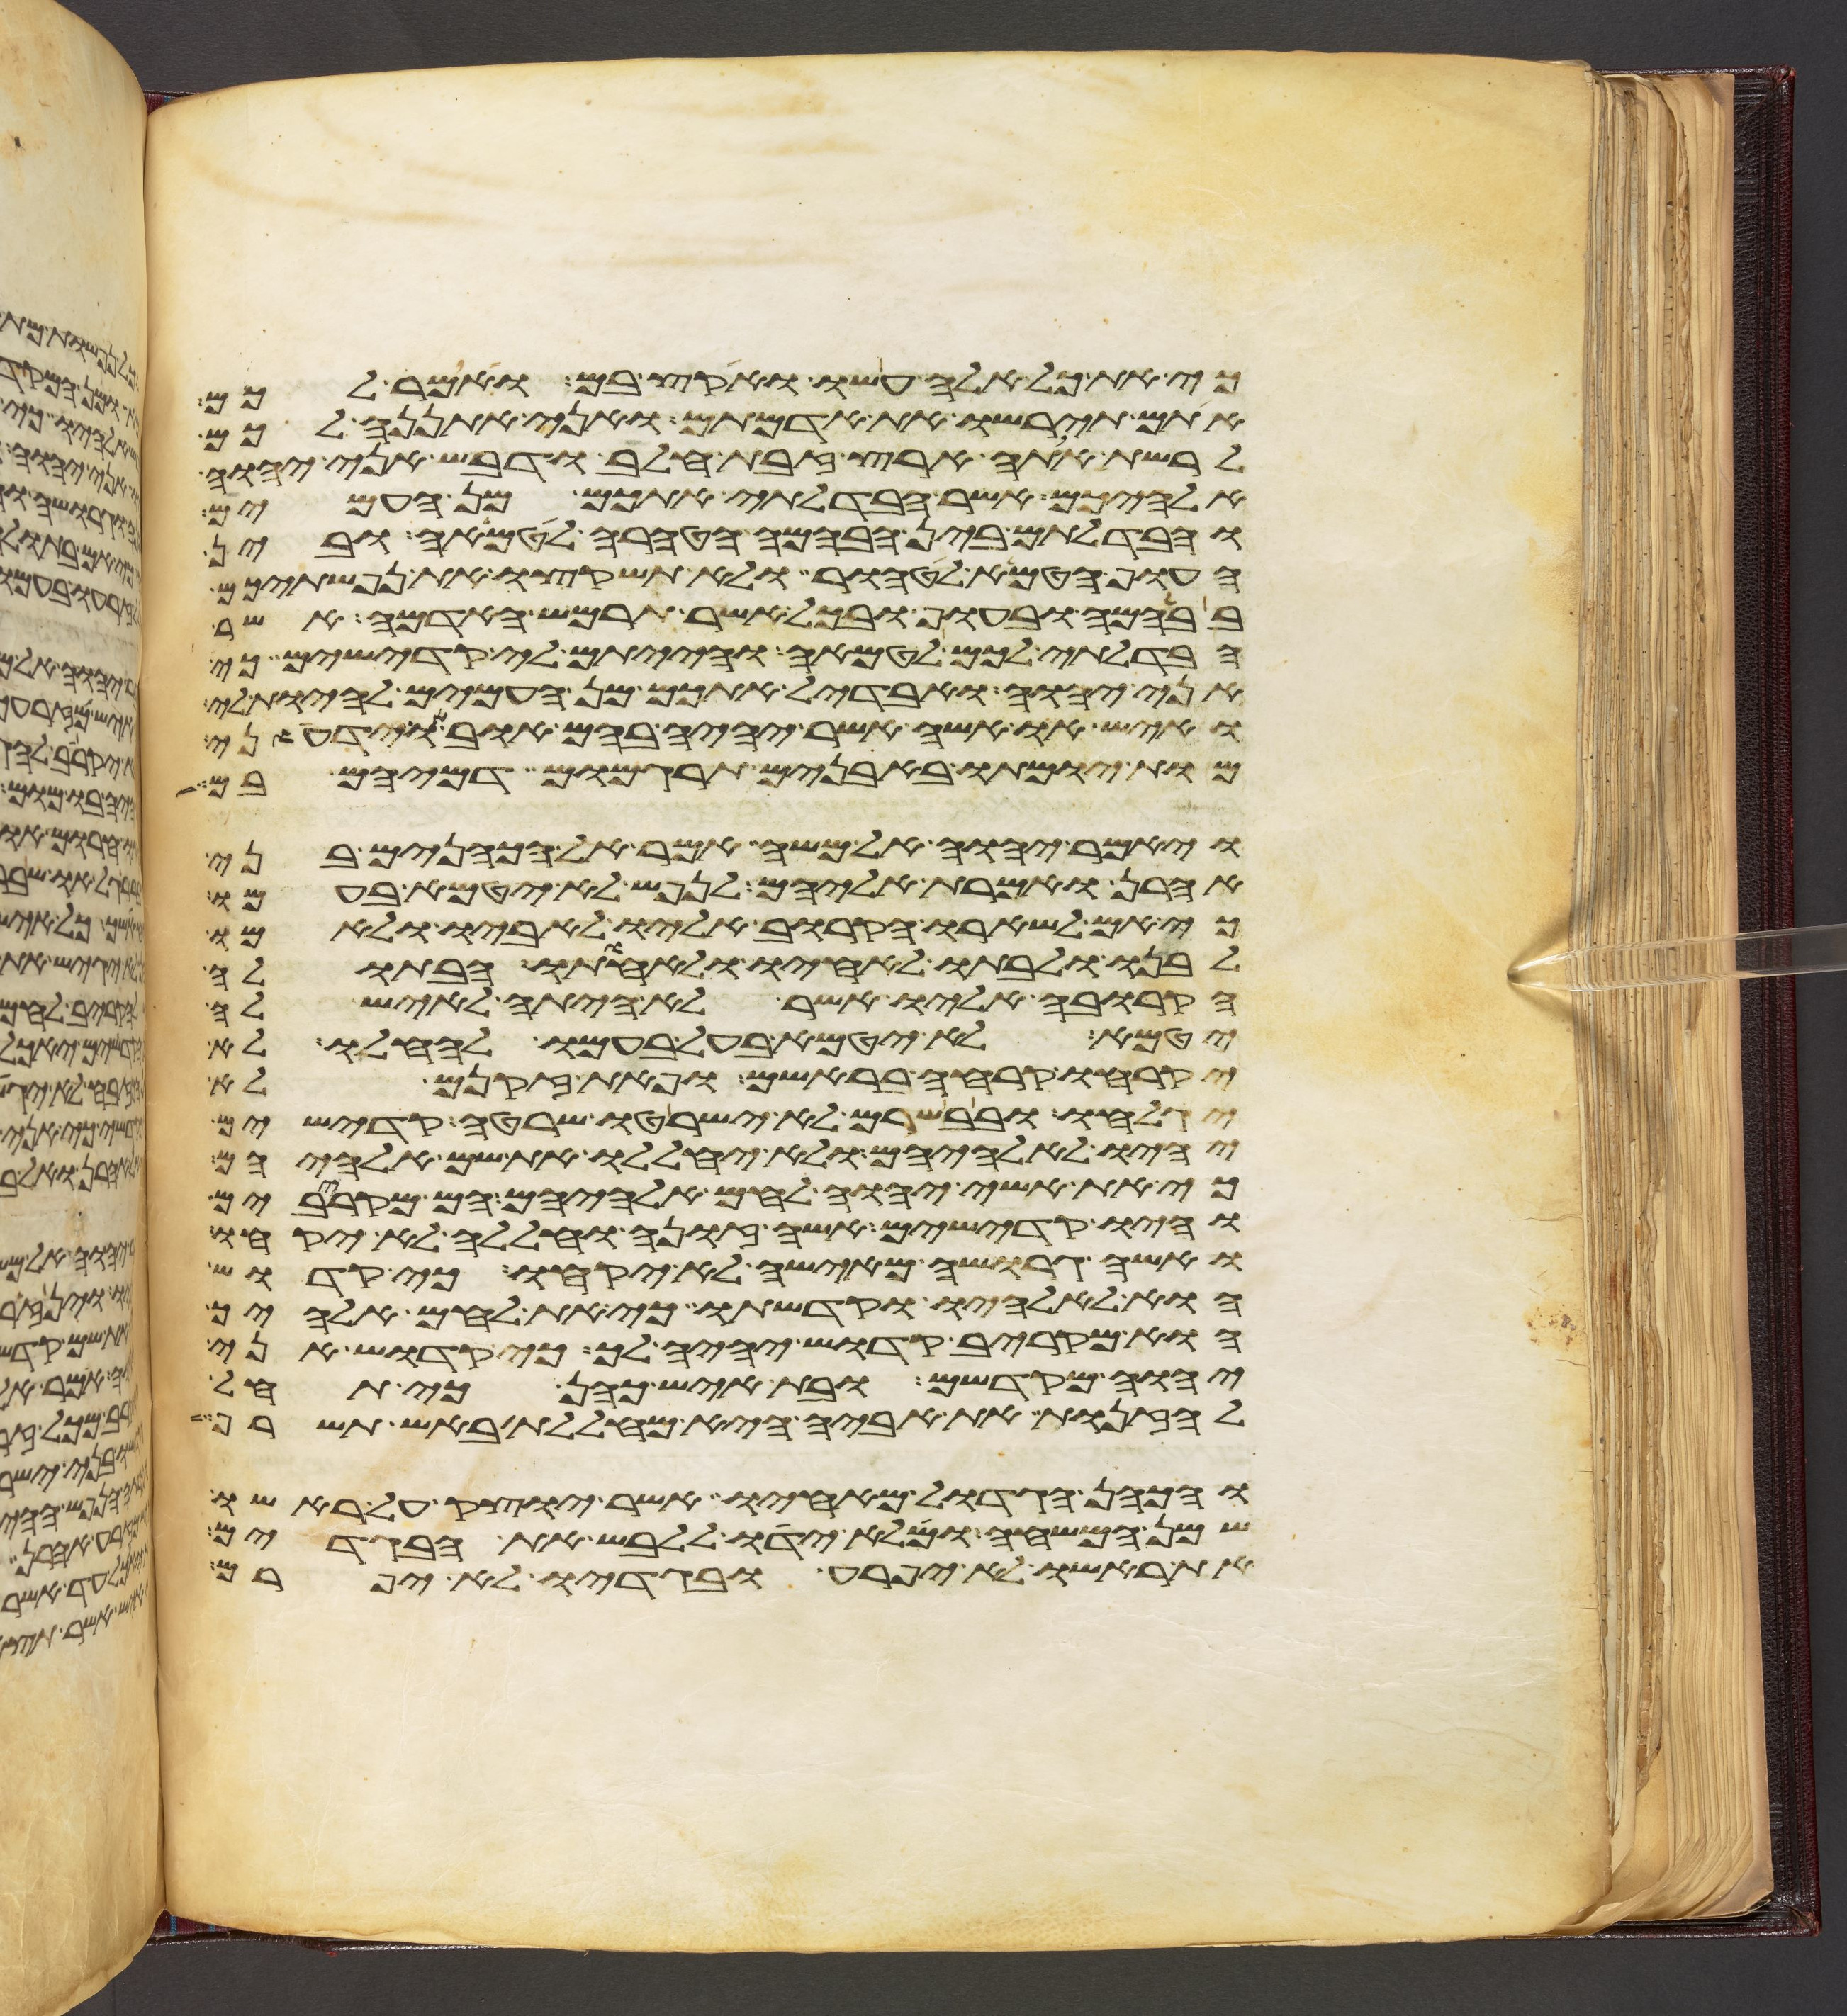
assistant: כי את כל אלה עשו ואקץ בם ואמר לכם
אתם תירשו את אדמתם ואני אתננה לכם
לרשת אתה ארץ זבת חלב ודבש אני יהוה
אלהיכם אשר הבדלתי אתכם מן העמים
והבדלתם בין הבהמה הטהרה לטמאה ובין
העוף הטמא לטהור ולא תשקצו את נפשתיכם
בבהמה ובעוף ובכל אשר תרמש האדמה אשר
הבדלתי לכם לטמאה והייתם לי קדישים כי
אני יהוה ואבדיל אתכם מן העמים להיות לי
ואיש או אשה אשר יהיה בהם אוב או ידעוני
מות יומתו באבנים תרגמום דמיהם בם
ויאמר יהוה אל משה אמר אל הכהנים בני
אהרן ואמרת אליהם לנפש לא יטמא בעמו
כי אם לשארו הקרוב אליו לאביו ולאמו
לבנו ולבתו לאחיו ולאחותו הבתולה
הקרובה אליו אשר לא היתה לאיש לה
יטמא לא יטמא בעל בעמו להחלו ולא
יקרחו קרחה בראשם ופאת זקנם לא
יגלחו ובבשרם לא ישרטו שרטה קדישים
יהיו לאלהיהם ולא יחללו את שם אלהיהם
כי את אשי יהוה לחם אלהיהם הם מקרבים
והיו קדישים אשה זונה וחללה לא יקחו
ואשה גרושה מאישה לא יקחו כי קדוש
הוא לאלהיו וקדשתו כי את לחם אלהיך
הוא מקריב קדוש יהיה לך כי קדוש אני
יהוה מקדשם ובת איש כהן כי תחל
לזנות את אביה היא מחללת באש תשרף
והכהן הגדול מאחיו אשר יוצק על ראשו
שמן המשחה ומלא ידו ללבש את הבגדים
את ראשו לא יפרע ובגדיו לא יפרם